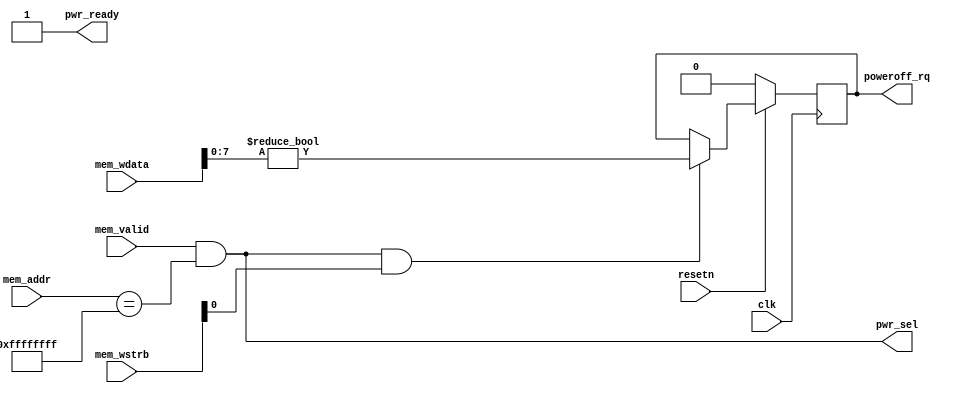
// This program was cloned from: https://github.com/katherinezhao02/karatroc-hsm
// License: MIT License

`timescale 1 ns / 1 ps

module pwr #(
    parameter [31:0] ADDR = 32'hffff_ffff
) (
    input clk,
    input resetn,
    input mem_valid,
    input [31:0] mem_addr,
    input [31:0] mem_wdata,
    input [3:0] mem_wstrb,
    output pwr_ready,
    output pwr_sel,
    output reg poweroff_rq
);

assign pwr_sel = mem_valid && (mem_addr == ADDR);
// always ready, because we handle everything in a single cycle
assign pwr_ready = 1;

// write logic
always @(posedge clk) begin
    if (!resetn) begin
        poweroff_rq <= 0;
    end else if (pwr_sel && mem_wstrb[0]) begin
        poweroff_rq <= mem_wdata[7:0] != 0;
    end
end

endmodule